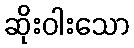
ဆိုးဝါးသော